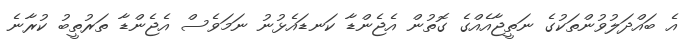
އެ ބައްދަލުވުންތަކުގެ ނަތީޖާއެއްގެ ގޮތުން އެޖެންޑާ ކަނޑައެޅުނު ނަމަވެސް އެޖެންޑާ ތަރުތީބު ކުރާނެ